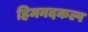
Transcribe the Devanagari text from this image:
हिमनदकल्प